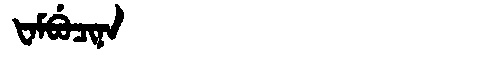
Manchu: ᡶᠠᠮᠪᡠᠴᡳᠨᠠ
Romanization: FAMBUCINA